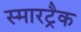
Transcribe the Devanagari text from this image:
स्मारट्रैक